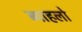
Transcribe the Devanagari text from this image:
ब्याहलो